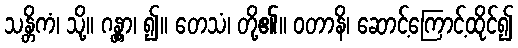
သန္တိကံ၊ သို့။ ဂန္တွာ၊ ၍။ တေသံ၊ တို့၏။ ဝတာနိ၊ ဆောင့်ကြောင့်ထိုင်၍